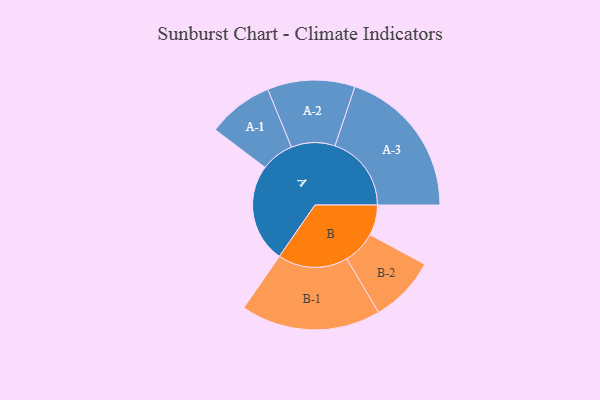
{"axis": {"x": "Segment", "y": "Value"}, "legend": ["", "A", "B"], "data": [{"x": "A", "y": 384, "type": ""}, {"x": "B", "y": 118, "type": ""}, {"x": "A-1", "y": 128, "type": "A"}, {"x": "A-2", "y": 170, "type": "A"}, {"x": "A-3", "y": 297, "type": "A"}, {"x": "B-1", "y": 272, "type": "B"}, {"x": "B-2", "y": 129, "type": "B"}]}